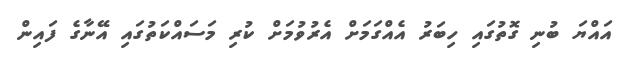
އައްޔަ ބުނި ގޮތުގައި ހިބަރު އެއްގަމަށް އެރުވުމަށް ކުރި މަސައްކަތުގައި އޭނާގެ ފައިން